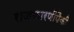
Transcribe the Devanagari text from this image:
राजकारणींपैकी